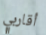
أقاربي